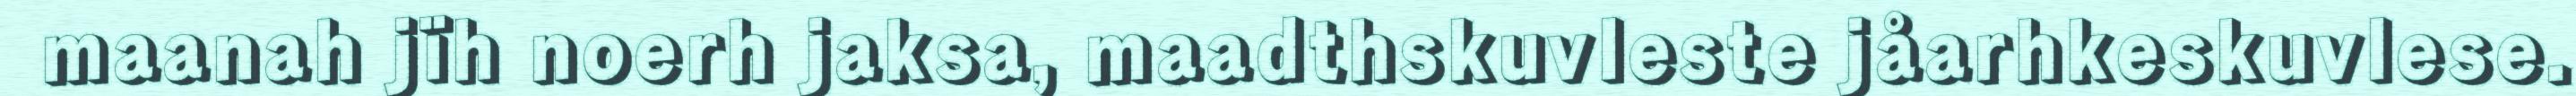
maanah jïh noerh jaksa, maadthskuvleste jåarhkeskuvlese.